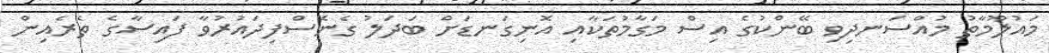
މައުލޫމާތު މުއްސަނދިވި ބޭންކުގެ އިސް މަގާމުތަކާއި އޮނިގަނޑަށް ބަދަލު ގެނެސްފިދައުރުވާ ފައިސާގެ ތެރެއިން